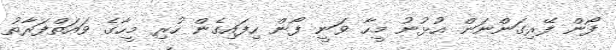
ފޯން ފޭރިގަންނަން އުޅުނު މީހާ ވަނީ ފޯން ހިފައިގެން ހުރި މީހާގެ ވައަތްފަރާތު